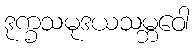
ဒုက္ခသမုဒယသမ္ဘဝေါ